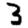
Digit: 3